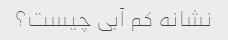
نشانه کم آبی چیست؟